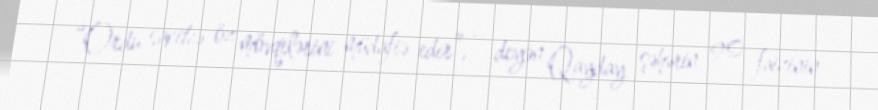
“Ordu sakitcə öz mövqelərini müdafiə edir”, – deyən Qayday şəhərin 90 faizinin